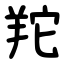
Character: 䍫